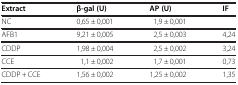
| Extract | β-gal (U) | AP (U) | IF |
 | --- | --- | --- | --- |
 | NC | 0,65 ± 0,001 | 1,9 ± 0,001 |  |
 | AFB1 | 9,21 ± 0,005 | 2,5 ± 0,003 | 4,24 |
 | CDDP | 1,98 ± 0,004 | 2,5 ± 0,002 | 3,24 |
 | CCE | 1,1 ± 0,002 | 1,7 ± 0,001 | 0,73 |
 | CDDP + CCE | 1,56 ± 0,002 | 1,25 ± 0,002 | 1,35 |